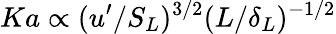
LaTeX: Ka\propto(u^{\prime}/S_{L})^{3/2}(L/\delta_{L})^{-1/2}